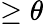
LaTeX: \geq\theta